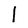
Character: l